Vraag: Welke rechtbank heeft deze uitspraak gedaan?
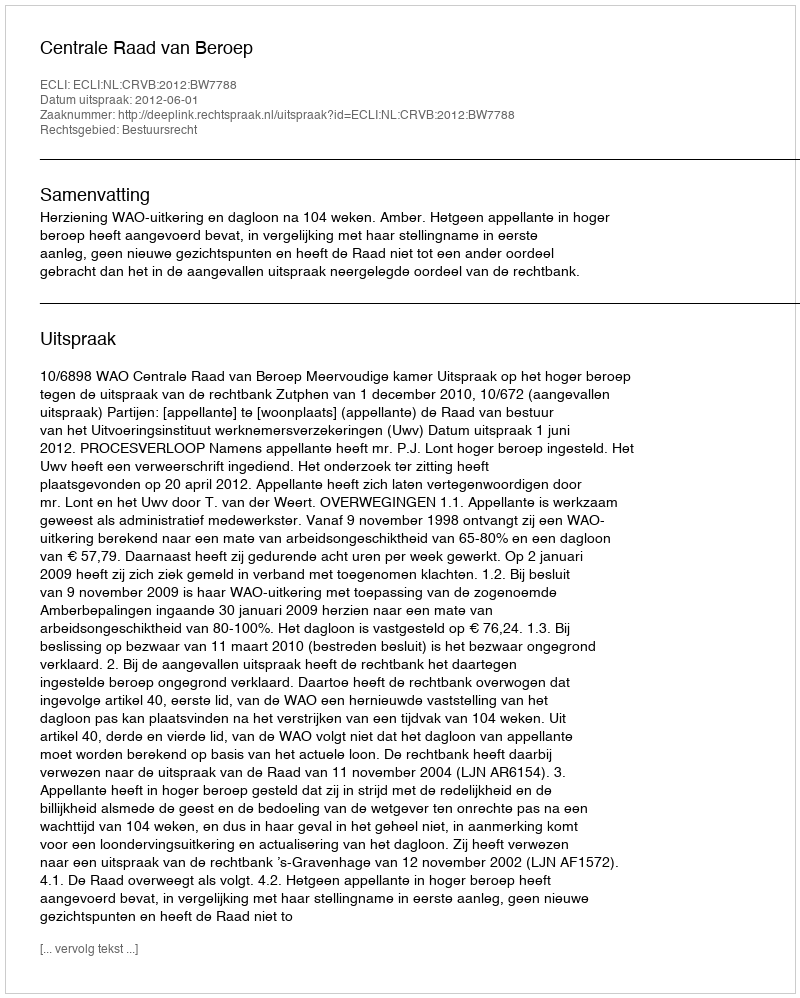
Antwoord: Centrale Raad van Beroep